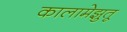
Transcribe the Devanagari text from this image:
कालामेझुतू